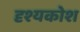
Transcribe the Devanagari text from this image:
दृश्यकोश